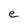
Character: e